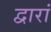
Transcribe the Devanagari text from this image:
द्वारां